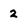
Character: 2